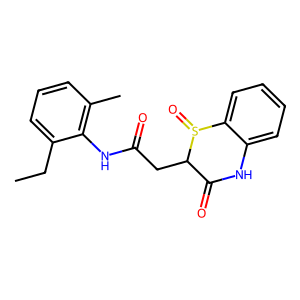
SMILES: CCc1cccc(C)c1NC(=O)CC1C(=O)Nc2ccccc2S1=O
Inhibits HIV replication: No